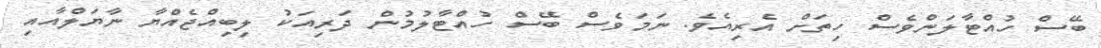
ބޭސް ހުއްޓާލަންވެސް ހިތަށް އެރިއެވެ. ނަމަވެސް ބޭސް ހުއްޓާލުމުން ދަރިއަކު ލިބިއްޖެއްޔާ ނާޔަލްއާއި